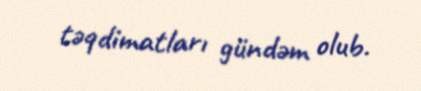
təqdimatları gündəm olub.